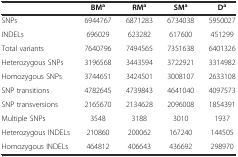
<table><thead><tr><td></td><td><b>BM<sup>a</sup></b></td><td><b>RM<sup>a</sup></b></td><td><b>SM<sup>a</sup></b></td><td><b>D<sup>a</sup></b></td></tr></thead><tbody><tr><td>SNPs</td><td>6944767</td><td>6871283</td><td>6734038</td><td>5950027</td></tr><tr><td>INDELs</td><td>696029</td><td>623282</td><td>617600</td><td>451299</td></tr><tr><td>Total variants</td><td>7640796</td><td>7494565</td><td>7351638</td><td>6401326</td></tr><tr><td>Heterozygous SNPs</td><td>3196568</td><td>3443594</td><td>3722921</td><td>3314982</td></tr><tr><td>Homozygous SNPs</td><td>3744651</td><td>3424501</td><td>3008107</td><td>2633108</td></tr><tr><td>SNP transitions</td><td>4782645</td><td>4739843</td><td>4641040</td><td>4097573</td></tr><tr><td>SNP transversions</td><td>2165670</td><td>2134628</td><td>2096008</td><td>1854391</td></tr><tr><td>Multiple SNPs</td><td>3548</td><td>3188</td><td>3010</td><td>1937</td></tr><tr><td>Heterozygous INDELs</td><td>210860</td><td>200062</td><td>167240</td><td>144505</td></tr><tr><td>Homozygous INDELs</td><td>464812</td><td>406643</td><td>436692</td><td>298970</td></tr></tbody></table>